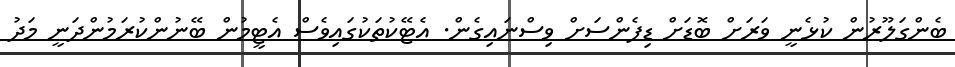
ބެންގަލޫރުން ކުޅެނީ ވަރަށް ބޮޑަށް ޑިފެންސަށް ވިސްނައިގެން. އެޓޭކުތަކުގައިވެސް އެޓީމުން ބޭނުންކުރަމުންދަނީ މަދު